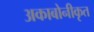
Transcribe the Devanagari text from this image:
अकाबोनीकृत